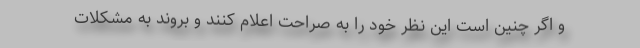
و اگر چنین است این نظر خود را به صراحت اعلام کنند و بروند به مشکلات